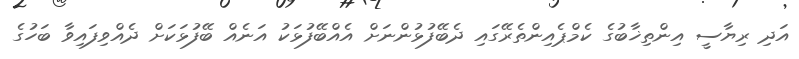
އަދި ރިޔާސީ އިންތިޚާބުގެ ކެމްޕެއިންތެރޭގައި ދެބޭފުޅުންނަށް އެއްބޭފުޅަކު އަނެއް ބޭފުޅަކަށް ދެއްވިފައިވާ ބަހުގެ